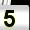
Digit: 5